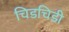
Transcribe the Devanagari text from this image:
चिडचिडी